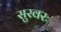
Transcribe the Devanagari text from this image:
सुरवरः